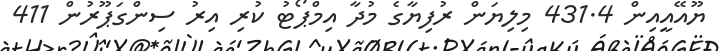
ޔޫއޭއީއިން 431.4 މިލިޔަން ރުފިޔާގެ މުދާ އިމްޕޯޓު ކުރި އިރު ސިންގަޕޫރުން 411